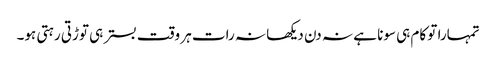
تمہارا تو کام ہی سونا ہے نہ دن دیکھا نہ رات ہر وقت بستر ہی توڑتی رہتی ہو۔